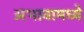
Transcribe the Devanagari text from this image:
अभावामध्ये